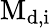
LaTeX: \mathrm{M}_{\mathrm{d},\mathrm{i}}